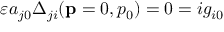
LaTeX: \varepsilon a _ { j 0 } \Delta _ { j i } ( \mathbf { p } = 0 , p _ { 0 } ) = 0 = i g _ { i 0 }